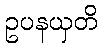
ဥပနယှတိ